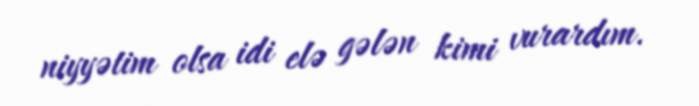
niyyətim olsa idi elə gələn kimi vurardım.